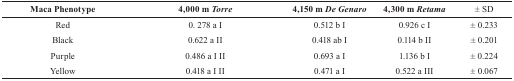
<table><thead><tr><td><b>Maca Phenotype</b></td><td><b>4,000 m <i>Torre</i></b></td><td><b>4,150 m <i>De Genaro</i></b></td><td><b>4,300 m <i>Retama</i></b></td><td><b>± SD</b></td></tr></thead><tbody><tr><td>Red</td><td>0. 278 a I</td><td>0.512 b I</td><td>0.926 c I</td><td>± 0.233</td></tr><tr><td>Black</td><td>0.622 a II</td><td>0.418 ab I</td><td>0.114 b II</td><td>± 0.201</td></tr><tr><td>Purple</td><td>0.486 a I II</td><td>0.693 a I</td><td>1.136 b I</td><td>± 0.224</td></tr><tr><td>Yellow</td><td>0.418 a I II</td><td>0.471 a I</td><td>0.522 a III</td><td>± 0.067</td></tr></tbody></table>